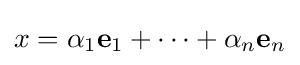
x=\alpha _{1}\mathbf {e} _{1}+\dots +\alpha _{n}\mathbf {e} _{n}